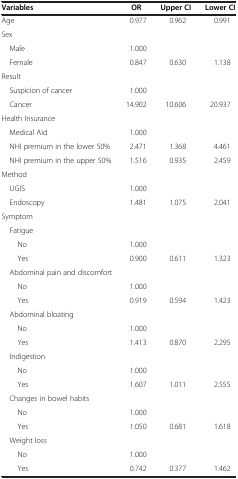
<table><thead><tr><td><b>Variables</b></td><td><b>OR</b></td><td><b>Upper CI</b></td><td><b>Lower CI</b></td></tr></thead><tbody><tr><td>Age</td><td>0.977</td><td>0.962</td><td>0.991</td></tr><tr><td>Sex</td><td> </td><td> </td><td> </td></tr><tr><td> Male</td><td>1.000</td><td> </td><td> </td></tr><tr><td> Female</td><td>0.847</td><td>0.630</td><td>1.138</td></tr><tr><td>Result</td><td> </td><td> </td><td> </td></tr><tr><td> Suspicion of cancer</td><td>1.000</td><td> </td><td> </td></tr><tr><td> Cancer</td><td>14.902</td><td>10.606</td><td>20.937</td></tr><tr><td>Health Insurance</td><td> </td><td> </td><td> </td></tr><tr><td> Medical Aid</td><td>1.000</td><td> </td><td> </td></tr><tr><td> NHI premium in the lower 50%</td><td>2.471</td><td>1.368</td><td>4.461</td></tr><tr><td> NHI premium in the upper 50%</td><td>1.516</td><td>0.935</td><td>2.459</td></tr><tr><td>Method</td><td> </td><td> </td><td> </td></tr><tr><td> UGIS</td><td>1.000</td><td> </td><td> </td></tr><tr><td> Endoscopy</td><td>1.481</td><td>1.075</td><td>2.041</td></tr><tr><td>Symptom</td><td> </td><td> </td><td> </td></tr><tr><td> Fatigue</td><td> </td><td> </td><td> </td></tr><tr><td>No</td><td>1.000</td><td> </td><td> </td></tr><tr><td>Yes</td><td>0.900</td><td>0.611</td><td>1.323</td></tr><tr><td> Abdominal pain and discomfort</td><td> </td><td> </td><td> </td></tr><tr><td>No</td><td>1.000</td><td> </td><td> </td></tr><tr><td>Yes</td><td>0.919</td><td>0.594</td><td>1.423</td></tr><tr><td> Abdominal bloating</td><td> </td><td> </td><td> </td></tr><tr><td>No</td><td>1.000</td><td> </td><td> </td></tr><tr><td>Yes</td><td>1.413</td><td>0.870</td><td>2.295</td></tr><tr><td> Indigestion</td><td> </td><td> </td><td> </td></tr><tr><td>No</td><td>1.000</td><td> </td><td> </td></tr><tr><td>Yes</td><td>1.607</td><td>1.011</td><td>2.555</td></tr><tr><td> Changes in bowel habits</td><td> </td><td> </td><td> </td></tr><tr><td>No</td><td>1.000</td><td> </td><td> </td></tr><tr><td>Yes</td><td>1.050</td><td>0.681</td><td>1.618</td></tr><tr><td> Weight loss</td><td> </td><td> </td><td> </td></tr><tr><td>No</td><td>1.000</td><td> </td><td> </td></tr><tr><td>Yes</td><td>0.742</td><td>0.377</td><td>1.462</td></tr></tbody></table>